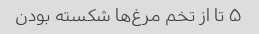
۵ تا از تخم مرغ‌ها شکسته بودن